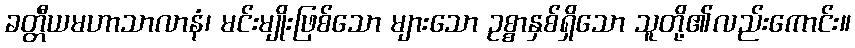
ခတ္တီယမဟာသာလာနံ၊ မင်းမျိုးဖြစ်သော များသော ဥစ္စာနှစ်ရှိသော သူတို့၏လည်းကောင်း။